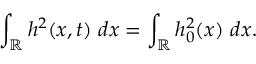
\int _ { \mathbb R } h ^ { 2 } ( x , t ) \ d x = \int _ { \mathbb R } h _ { 0 } ^ { 2 } ( x ) \ d x .